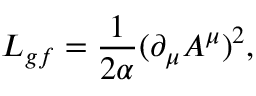
{ \cal L } _ { g f } = { \frac { 1 } { 2 \alpha } } ( \partial _ { \mu } A ^ { \mu } ) ^ { 2 } ,